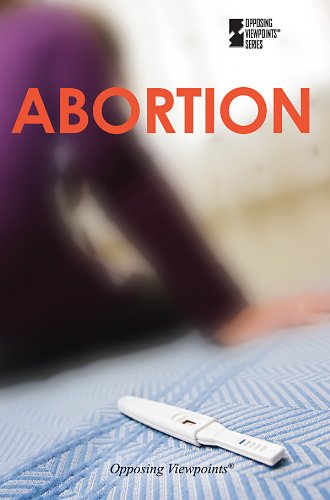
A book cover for Abortion (Opposing Viewpoints); Teen & Young Adult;